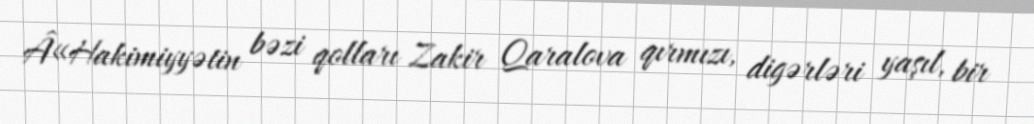
Â«Hakimiyyətin bəzi qolları Zakir Qaralova qırmızı, digərləri yaşıl, bir